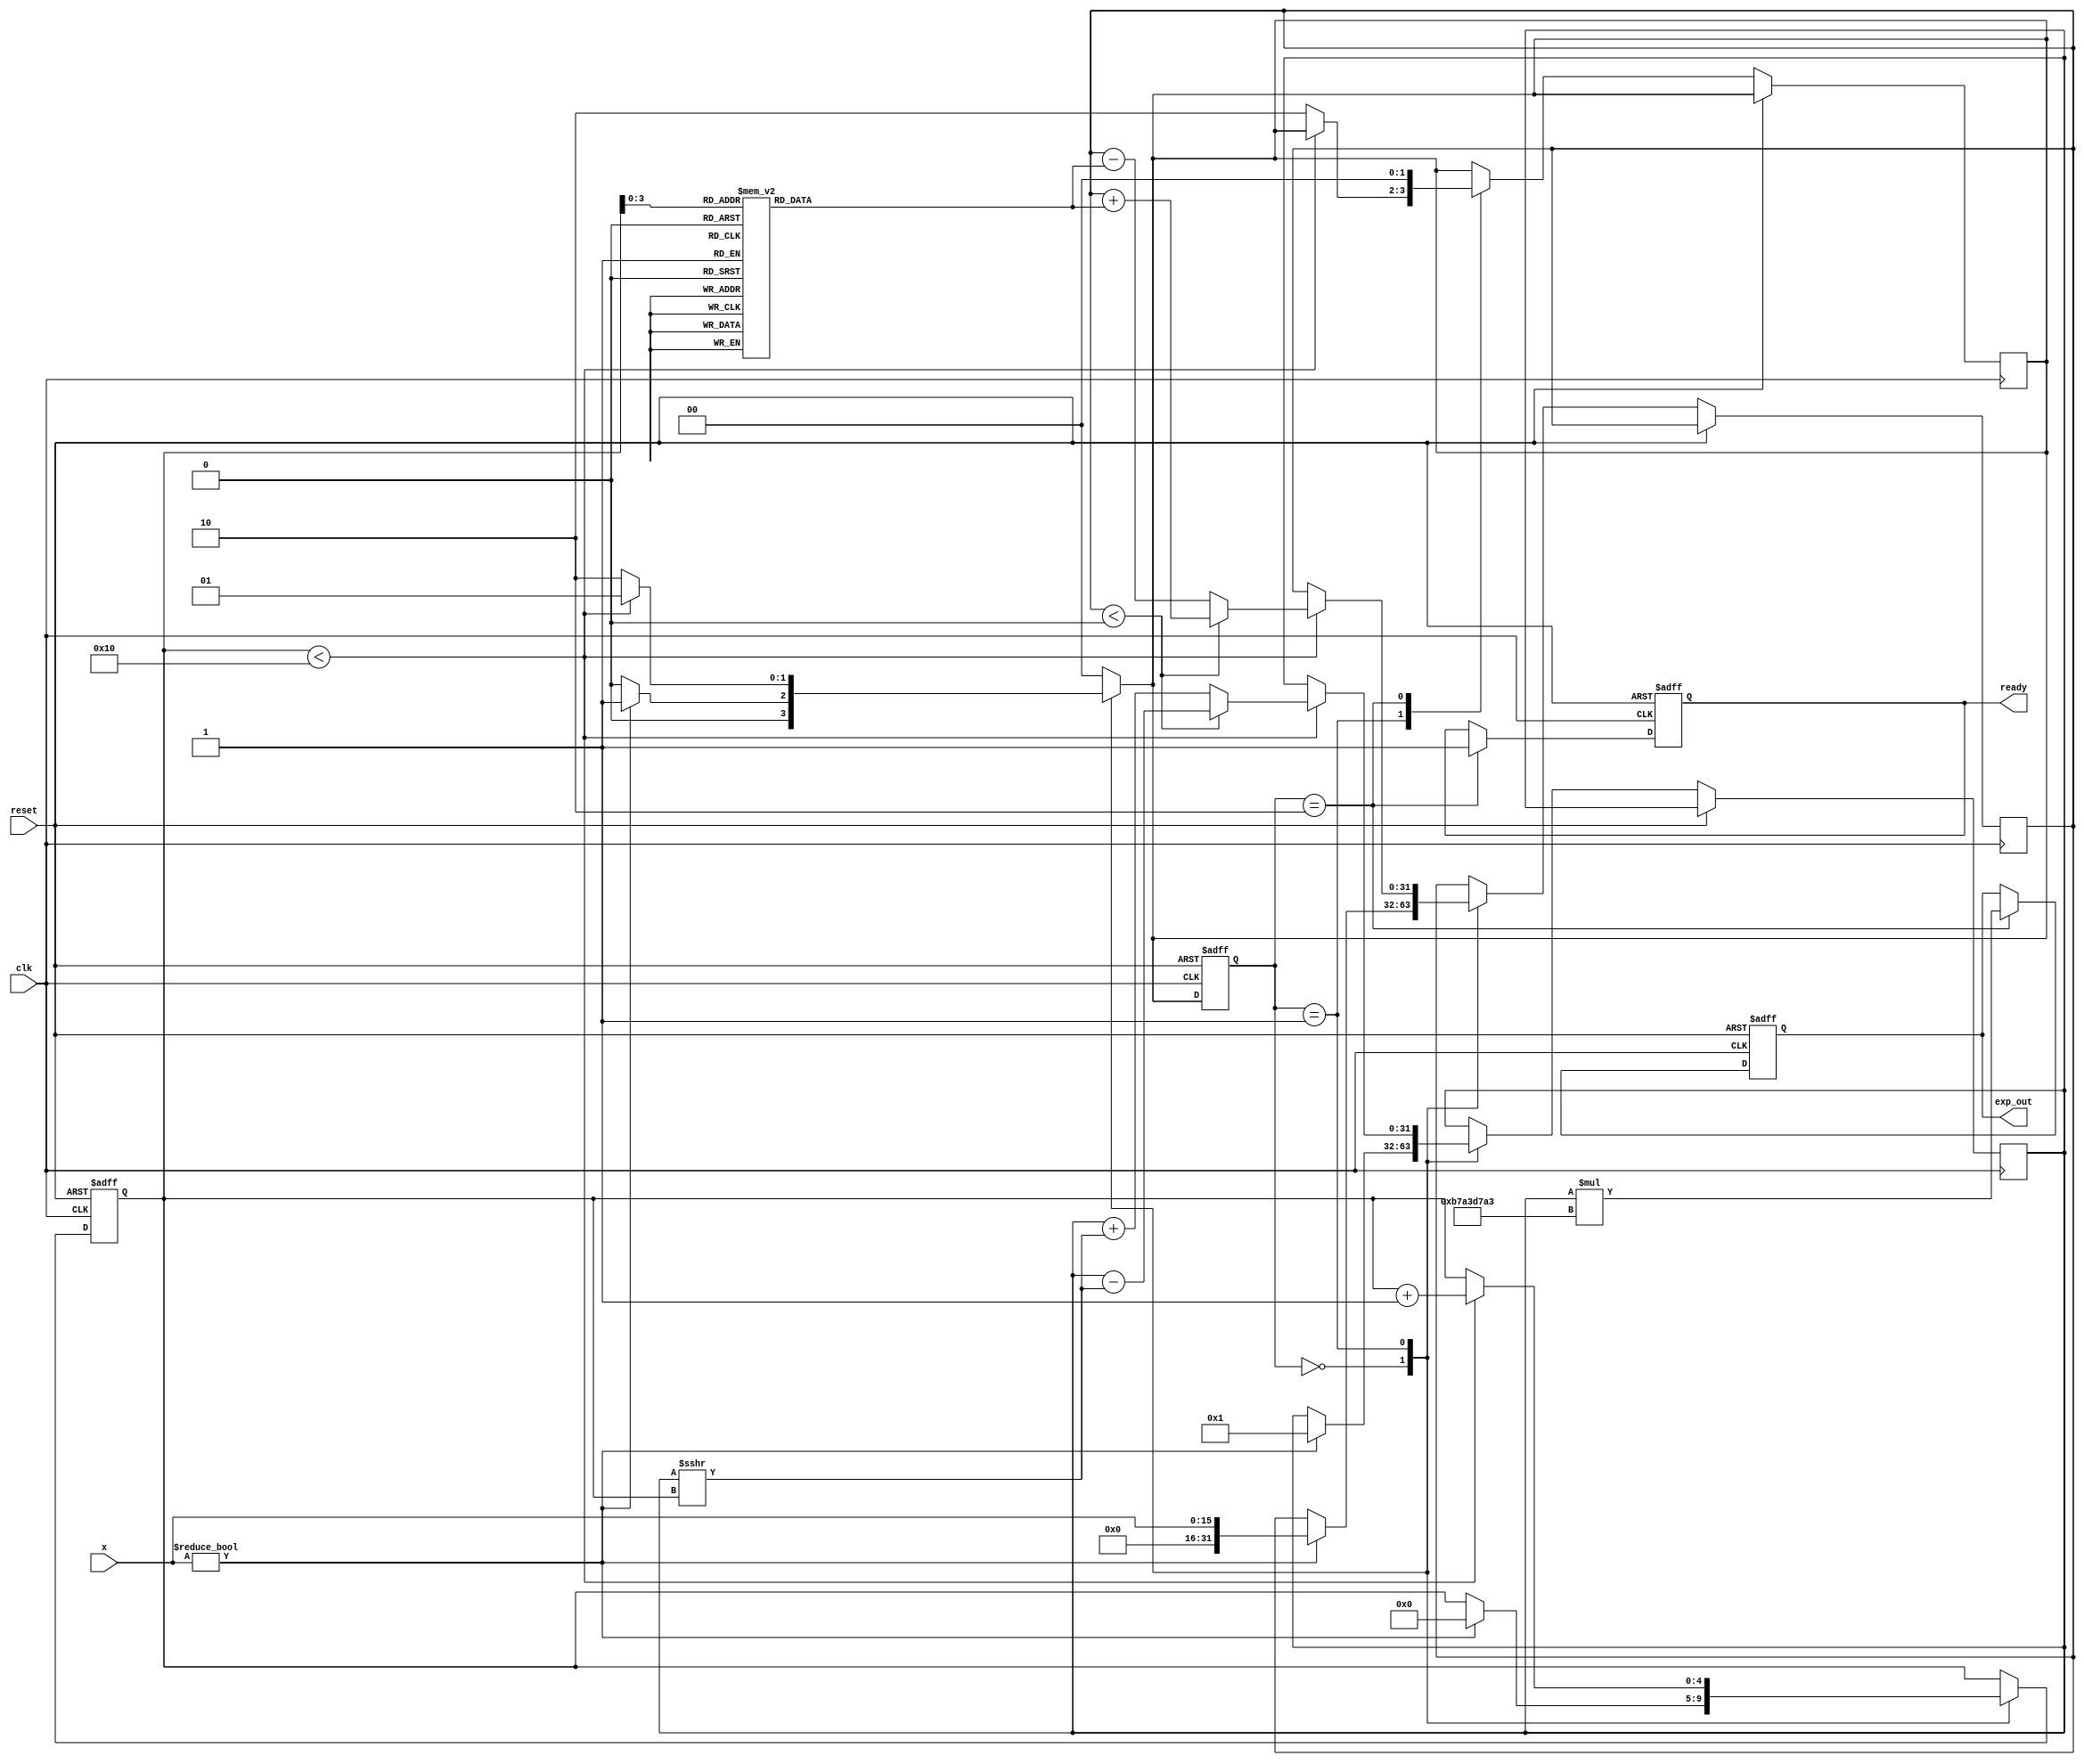
module cordic_exponential (
    input wire [15:0] x,         // Input value (fixed-point format)
    input wire clk,              // Clock signal
    input wire reset,            // Asynchronous reset
    output reg [31:0] exp_out,   // Output value for e^x
    output reg ready             // Signal indicating output is valid
);

    // Parameters
    parameter N = 16;            // Number of iterations
    parameter FIXED_POINT = 16;  // Fixed point representation
    parameter SCALE_FACTOR = 32'hB7A3D7A3; // Precomputed scaling factor (approximation)

    // Internal signals
    reg [15:0] angle [0:N-1];    // Lookup table for arctangents
    reg [31:0] z;                 // Current value of x
    reg [31:0] y;                 // Current value of e^x
    reg [31:0] x_temp;            // Temporary variable for x
    reg [4:0] iteration;          // Iteration counter
    reg [1:0] state;              // State variable
    reg [1:0] next_state;         // Next state variable

    // State encoding
    localparam IDLE = 2'b00;
    localparam PROCESS = 2'b01;
    localparam DONE = 2'b10;

    // Initialize angle values (arctangent values for CORDIC)
    initial begin
        angle[0] = 16'h0000; // atan(0)
        angle[1] = 16'h1C71; // atan(0.5)
        angle[2] = 16'h2D41; // atan(0.25)
        angle[3] = 16'h3C91; // atan(0.125)
        angle[4] = 16'h4C71; // atan(0.0625)
        angle[5] = 16'h5C71; // atan(0.03125)
        angle[6] = 16'h6C71; // atan(0.015625)
        angle[7] = 16'h7C71; // atan(0.0078125)
        angle[8] = 16'h8C71; // atan(0.00390625)
        angle[9] = 16'h9C71; // atan(0.001953125)
        angle[10] = 16'hAC71; // atan(0.0009765625)
        angle[11] = 16'hBC71; // atan(0.00048828125)
        angle[12] = 16'hCC71; // atan(0.000244140625)
        angle[13] = 16'hDC71; // atan(0.0001220703125)
        angle[14] = 16'hEC71; // atan(0.00006103515625)
        angle[15] = 16'hFC71; // atan(0.000030517578125)
    end

    // State machine for control
    always @(posedge clk or posedge reset) begin
        if (reset) begin
            state <= IDLE;
            iteration <= 0;
            exp_out <= 0;
            ready <= 0;
        end else begin
            state <= next_state;
            case (state)
                IDLE: begin
                    if (x != 0) begin
                        z <= x;
                        y <= 32'h00000001; // Start with y = 1
                        iteration <= 0;
                    end
                end
                PROCESS: begin
                    if (iteration < N) begin
                        // CORDIC rotation logic
                        if (z < 0) begin
                            y <= y - (y >>> iteration);
                            z <= z + angle[iteration];
                        end else begin
                            y <= y + (y >>> iteration);
                            z <= z - angle[iteration];
                        end
                        iteration <= iteration + 1;
                    end else begin
                        next_state <= DONE;
                    end
                end
                DONE: begin
                    exp_out <= y * SCALE_FACTOR; // Adjust by scaling factor
                    ready <= 1; // Output is ready
                    next_state <= IDLE; // Go back to IDLE
                end
            endcase
        end
    end

    // Next state logic
    always @(*) begin
        case (state)
            IDLE: next_state = (x != 0) ? PROCESS : IDLE;
            PROCESS: next_state = (iteration < N) ? PROCESS : DONE;
            DONE: next_state = IDLE;
            default: next_state = IDLE;
        endcase
    end

endmodule